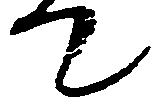
て